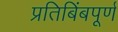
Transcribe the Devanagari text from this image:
प्रतिबिंबपूर्ण